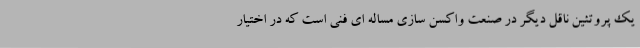
یک پروتئین ناقل دیگر در صنعت واکسن سازی مساله ای فنی است که در اختیار